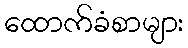
ထောက်ခံစာများ